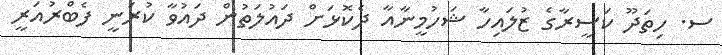
ސ. ހިތަދޫ ކަސީރާގެ ޒުލައިހާ ޝަހުމީނާއާ ދެކޮޅަށް ދައުލަތުން ދައުވާ ކުރަނީ ފެބްރުއަރީ